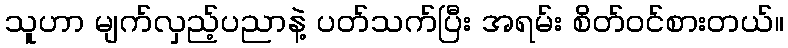
သူဟာ မျက်လှည့်ပညာနဲ့ ပတ်သက်ပြီး အရမ်း စိတ်ဝင်စားတယ်။